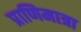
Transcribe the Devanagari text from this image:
प्राणिमात्रा